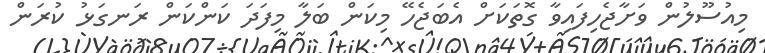
މިއުސޫލުން ވަށާޖެހިފައިވާ ގޮތަކަށް އެބަޖެހޭ މިކަން ބަލާ މިފަދަ ކަންކަން ރަނގަޅު ކުރަން